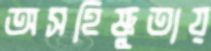
অসহিষ্ণুতায়